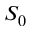
S _ { 0 }